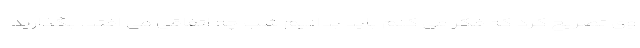
وی تصریح کرد که فکر می کنم باید بدانیم شب چه اتفاقی می افتد. بگذارید